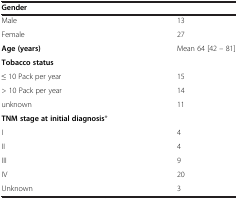
<table><thead><tr><td><b>Gender</b></td><td><b> </b></td></tr></thead><tbody><tr><td>Male</td><td>13</td></tr><tr><td>Female</td><td>27</td></tr><tr><td><b>Age</b><b>(years)</b></td><td>Mean 64 [42 – 81]</td></tr><tr><td><b>Tobacco status</b></td><td> </td></tr><tr><td>≤ 10 Pack per year</td><td>15</td></tr><tr><td>&gt; 10 Pack per year</td><td>14</td></tr><tr><td>unknown</td><td>11</td></tr><tr><td><b>TNM stage at initial diagnosis</b>*</td><td> </td></tr><tr><td>I</td><td>4</td></tr><tr><td>II</td><td>4</td></tr><tr><td>III</td><td>9</td></tr><tr><td>IV</td><td>20</td></tr><tr><td>Unknown</td><td>3</td></tr></tbody></table>